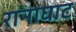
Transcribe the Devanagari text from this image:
रानाघाट